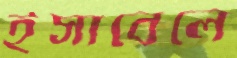
ইসাবেলে